Vital statistics of India. Vol. IV, Annual returns from 1871 to 1876. British Army of India, Native Army and jails of Bengal
Year: 1871
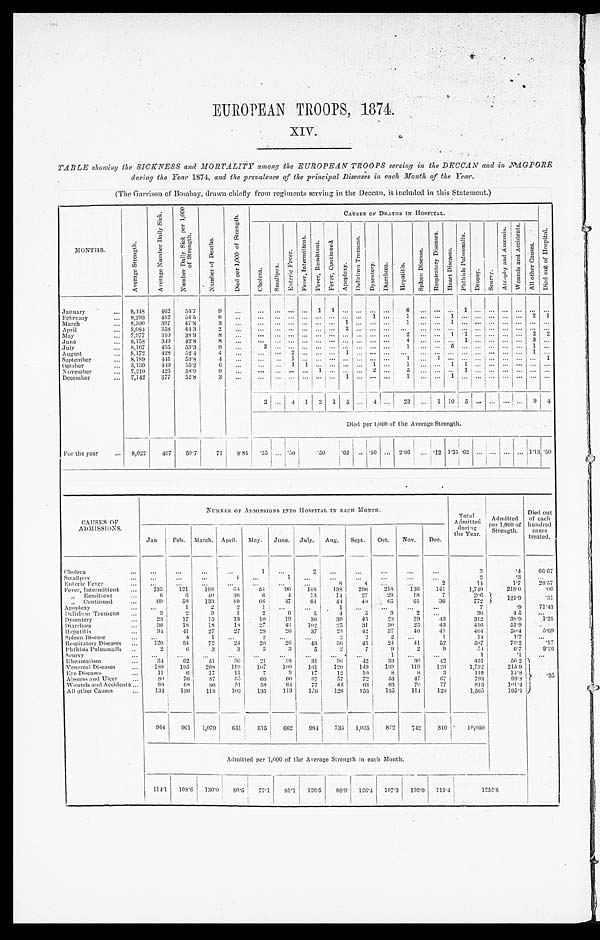
EUROPEAN TROOPS, 1874.
XIV.
TABLE showing the SICKNESS and MORTALITY among the EUROPEAN TROOPS serving in the DECCAN and in NAGPORE
during the Year 1874, and the prevalence of the principal Diseases in each Month of the Year.
(The Garrison of Bombay, drawn chiefly from regiments serving in the Deccan, is included in this Statement.)
MONTHS.
A v e r a g e S t r e n g t h .
A v e r a g e N u m b e r D a i l y S i c k .
N u m b e r D a i l y S i c k p e r 1 , 0 0 0 o f S t r e n g t h .
N u m b e r o f D e a t h s .
D i e d p e r 1 , 0 0 0 o f S t r e n g t h .
CAUSES OF DEATHS IN HOSPITAL.
D i e d o u t o f H o s p i t a l .
C h o l e r a .
S m a l l p o x .
E n t e r i c F e v e r .
F e v e r , I n t e r m i t t e n t .
F e v e r , R e m i t t e n t . F e v e r , Co n t i n u e d .
A p o p l e x y .
De l i r i u m T r e me n s .
D y s e n t e r y .
D i a r r h œ a .
H e p a t i t i s .
S p l e e n D i s e a s e .
R e s p i r a t o r y D i s e a s e s .
H e a r t D i s e a s e s .
P h t h i s i s P u l m o n a l i s .
Dropsy. S c u r v y .
At r o p h y a n d An æ mi a .
W o u n d s a n d A c c i d e n t s .
A l l o t h e r C a u s e s .
January . . .
8,448
462
54.7
9
. . .
. . .
. . .
. . .
. . . 1
1
. . .. . .
. . .
. . .
6
. . .
. . . . . . 1
. . .
. . . . . .
. . .
. . .
. . .
February . . .
8,293
452
54.5
6
. . .
. . .
. . .
. . .
. . . . . . . . .
. . . . . .
1
. . .
1
. . .
. . . 1
. . . . . .
. . .. . .
. . .2
1
March . . .
8,300
397
47.8
3
. . .
. . .
. . .
. . .
. . . . . . . . .
1 . . .
. . .
. . .
1
. . .
. . . 1
. . . . . .
. . .. . .
. . .. . .
. . .
April . . .
8 , 0 8 4
358
44.3
2
. . .
. . .
. . .
. . .
. . . . . . . . .
2 . . .
. . .
. . .
. . .
. . .
. . . . . . . . . . . .
. . .. . .
. . .. . .
. . .
May . . .
7,977
310
38.9
8
. . .
. . .
. . .
. . .
. . . . . . . . .
. . . . . .
. . .
. . .
2
. . .
. . .
1 1
. . .
. . .. . .
. . .2
2
J une . . .
8,158
349
42.8
8
. . .
. . .
. . .
. . .
. . . . . . . . .
. . .. . .
. . .
. . .
4
. . .
. . . . . . 1
. . .
. . .. . .
. . .3
. . .
July . . .
8,167
435
53.3
9
. . .
2
. . .
. . .
. . . . . . . . .
. . .. . .
. . .
. . .
1
. . .
. . . 5 . . . . . .
. . .. . .
. . . 1 . . .
August . . .
8,172
428
52.4
4
. . .
. . .
. . .
2
. . . . . . . . .
1 . . .
. . .
. . .
. . .
. . . . . . . . . . . .
. . .
. . . . . .
. . . 1
. . .
September . . .
8,189
4 4 1
53.8
4
. . .
. . .
. . .
1
. . . . . . . . .
. . .. . .
. . .
. . .
1
. . .
1 . . . . . . . . .
. . .. . .
. . . . . .
1
October . . .
8,130
4 4 9
55.2
6
. . .
. . .
. . . 1
1 . . . . . .
. . .. . .
1
. . .
1
. . .
. . . 1
1
. . .
. . .. . .
. . . . . .
. . .
November . . .
7,210
425
58.9
9
. . .
. . .
. . .
. . .
. . . 1
. . .
. . . . . .
2
. . .
5
. . .
. . . . . . 1
. . .
. . . . . .
. . .
. . .
. . .
December . . .
7,142
377
52.8
3
. . .
. . .
. . .
. . .
. . . . . . . . .
1 . . .
. . .
. . .
1
. . .
. . .
1
. . . . . .
. . .. . .
. . .
. . .
. . .
2
. . .
4
1
2
1
5
. . .
4
. . .
23
. . . 1 10
5 . . .
. . . . . .
. . .
9
4
Died per 1,000 of the Average Strength.
For the year . . .
8,022
407
50.7
71
8.85
.25
. . . .50
.50
. 6 2 . . . .50
. . . 2.86
. . . .12 1.25 .62 . . .
. . . . . .
. . .
1.13 .50
CAUSES OF
ADMISSIONS.
N U M B E R O F A D M I S S I O N S I N T O H O S P I T A L I N E A C H M O N T H .
Total
Admitted
during
the Year.
Admitted
per 1,000 of
Strength.
Died out
of each
hundred
c a s e s t r e a t e d
.
Jan
Feb.
March. April.
May.
June.
July.
Aug.
Sept.
Oct.
Nov.
Dec.
Cholera . . .
. . .
. . .
. . .
. . .
1
. . .
2
. . .
. . .
. . .
. . .
. . .
3
.4
66.67
Smallpox . . .
. . .
. . .
. . .
1
. . .
1
. . .
. . .
. . .
. . .
. . .
. . .
2
. 3
. . .
Enteric Fever . . .
. . .
. . .
. . .
. . .
. . .
. . .
. . .
8
4
. . .
. . .
2
14
1.7
28.57
Fever, Intermittent . . .
135
121
198
68
54
96
148
138
296
218
136
141
1,749
218.0
.06
" R e m i t t e n t . . .
6
6
4 0
36
6
4
13
14
2 7
29
18
7
206
121.9
" Continued . . .
69
58
133
8 9
66
47
64
4 4
40
65
61
36
772
.31
Apoplexy . . .
. . .
1
2
2
1
. . .
. . .
1
. . .
. . .
. . .
. . .
7
.9
71.43
Delirium Tremens . . .
3
2
3
1
2
6
5
4
5
3
2
. . .
36
4.5
. . .
Dysentery . . .
23
17
15
13
10
19
36
39
45
23
29
43
312
38.9
1.28
Diarrhœa . . .
36
18
18
18
27
43
102
25
31
30
25
43
4 1 6
51.9
. . .
Hepatitis . . .
3 4
4 1
27
27
29
26
37
23
42
37
40
41
404
50.4
5.69
Spleen Disease . . .
. . .
4
1
. . .
2
. . .
. . .
2
2
2
. . .
1
14
1.7
. . .
Respiratory Diseases . . .
120
84
72
24
20
26
43
36
45
24
41
52
587
73.2
.17
Phthisis Pulmonalis . . ..
2
6
3
3
3
3
5
2
7
9
2
9
5 4
6.7
9.26
Scurvy . . .
. . .
. . .
. . .
. . .
. . .
. . .
. . .
. . .
. . .
1
. . .
. . .
1
. 1
. . .
Rheumatism . . .
34
62
51
30
21
39
31
36
42
33
30
4 2
451
56.2 . 3 5
Venereal Diseases . . .
1 8 9
1 9 5
2 0 8 119
107
1 0 0
161
120
149
139
119
1 2 6
1,732
215.9
Eye Diseases . . .
11
6
17
11
7
9
17
12
10
8
8
3
119
14.8
Abscess and Ulcer . . .
80
76
87
55
66
6 6
67
57
72
53
47
67
793
98.8
Wounds and Accidents . . .
8 8
68
8 6
5 1
58
6 4
77
48
63
63
70
77
813
101.4
All other Causes . . .
134
136
118
103
135
113
176
126
155
135
114
120
1,565
195.1
964
901
1,079
651
615
662
984
735
1,035
872
742
810
10,050
Admitted per 1,000 of the Average Strength in each Month.
114.1
108.6
130.0
8 0 . 5
77.1
81.1
1 2 0 . 5
89.9
126.4
107.3
102.9
113.4
125
2.8